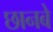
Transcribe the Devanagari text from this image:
छानबे